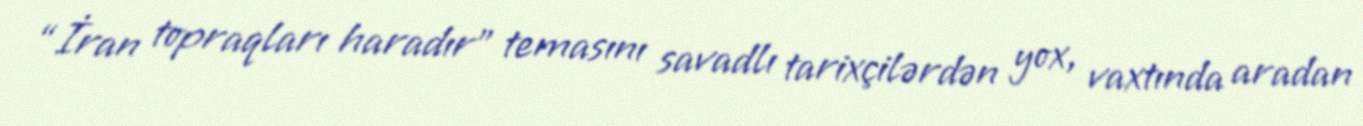
“İran topraqları haradır” temasını savadlı tarixçilərdən yox, vaxtında aradan